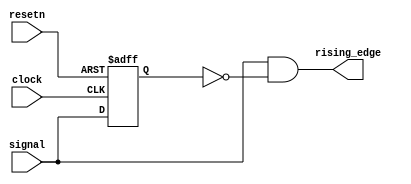
// 
//  Project:     VerSiTile-BuildingBlocks                                     
//  Website:     louis-dr.github.io                                           
//  License:     MIT License                                                  
// 
//  Description: Generates a pulse at the rising edge of a signal.            
//                                                                            
// 



module rising_edge_detector (
  input  clock,
  input  resetn,
  input  signal,
  output rising_edge
);

reg signal_previous;

always @(posedge clock or negedge resetn) begin
  if (!resetn) signal_previous <= 0;
  else         signal_previous <= signal;
end

assign rising_edge = signal & ~signal_previous;

endmodule